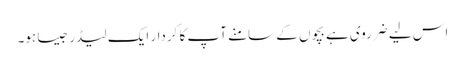
اس لیے ضرروی ہے بچوں کے سامنے آپ کا کردار ایک لیڈر جیسا ہو۔